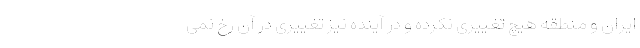
ایران و منطقه هیچ تغییری نکرده و در آینده نیز تغییری در آن رخ نمی